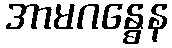
အာမဂန္ဓေန